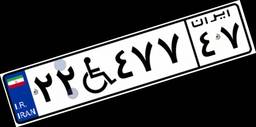
۶۶W۲۶۲۱۴